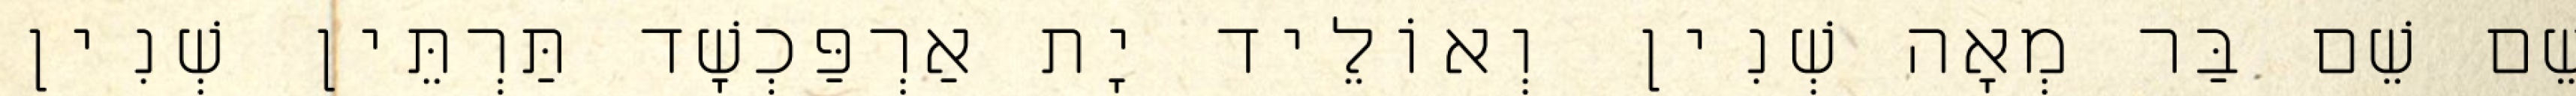
שֵׁם שֵׁם בַּר מְאָה שְׁנִין וְאוֹלֵיד יָת אַרְפַּכְשָׁד תַּרְתֵּין שְׁנִין